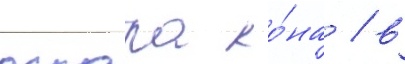
оскара ко́на / в